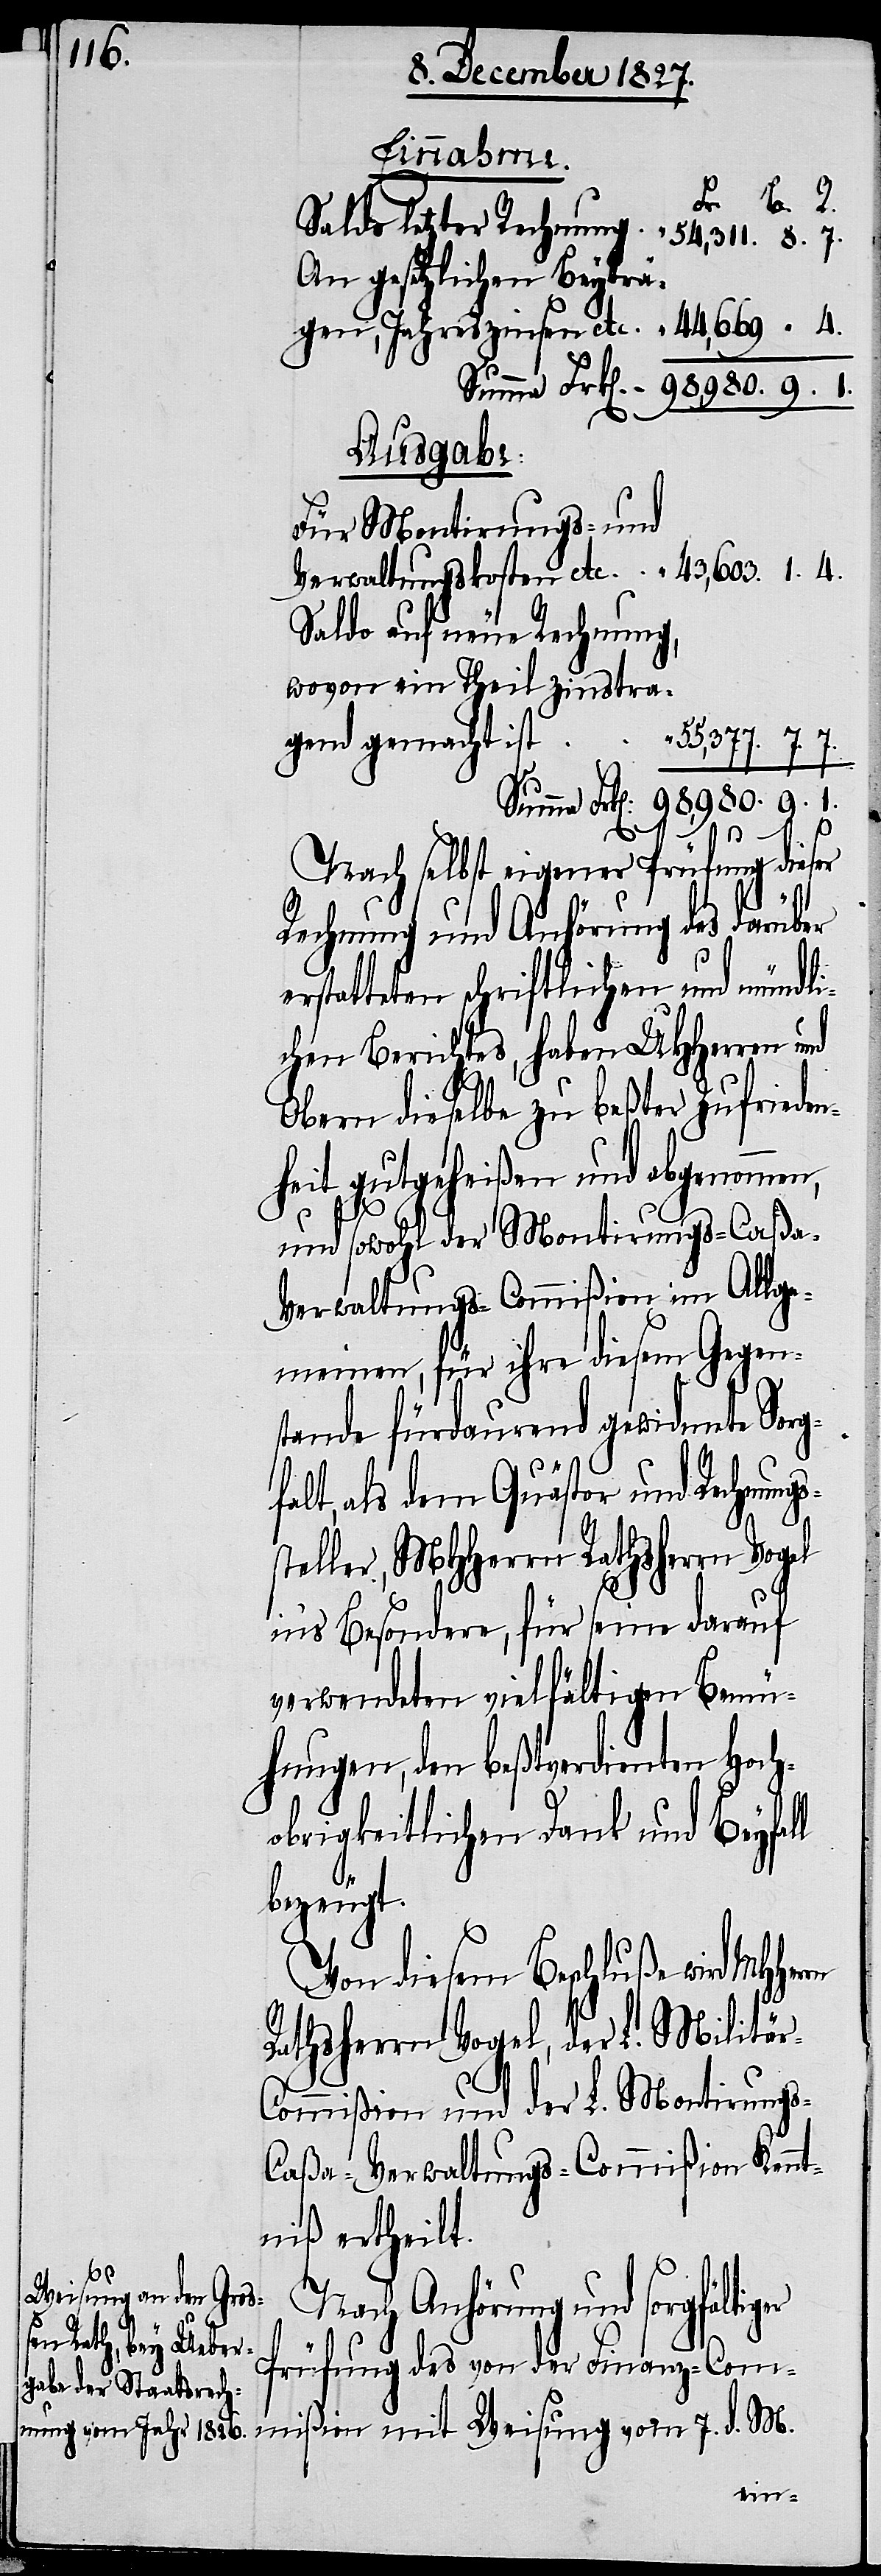
erstatt¬
Saldo letzter Rechnung. 	54,311.		8.	7.
An gesetzlichen Beyträ¬
gen, Jahreszinsen
Ausgabe.
Für Montirungs- und
Verwaltungskosten etc.	43,603.		1.	4.
Saldo auf neue Rechnung,
ßion
7.
Nach selbst eigener Prüfung dieser
Rechnung und Anhörung des darüber
eten schriftlichen und mündli¬
chen Berichtes, haben UHHerren und
Obern dieselbe zu beßter Zurfrieden¬
heit gutgeheißen und abgenommen,
und sowohl der Montirungs-Caßa-V¬
erwaltungs-Commißion im Allge¬
meinen, für ihre diesem Gegen¬
stand fürdaurend gewidmete Sorg¬
falt, als dem Quästor und Rechnung¬
steller, MHHerrn Rathsherrn Vogel
in’s Besondere, für seine darauf
verwendeten vielfältigen Bemü¬
hungen, den beßtverdienten Hoch¬
obrigkeitlichen Dank und Beyfall
M.
bezeugt.
Von diesem Beschluße wird
Rathsherrn Vogel, der L. Militä¬
ommißion und der L. Montirung¬
aßa-Verwaltungs-Commißion Kennt¬
niß ertheilt.
s-C¬
Nach Anhörung und sorgfältig¬
d.
Prüfung des von der Finanz-Commi¬
ein